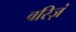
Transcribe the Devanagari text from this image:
वरिज़ं